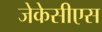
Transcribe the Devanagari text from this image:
जेकेसीएस